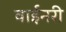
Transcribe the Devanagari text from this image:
वाईनरी